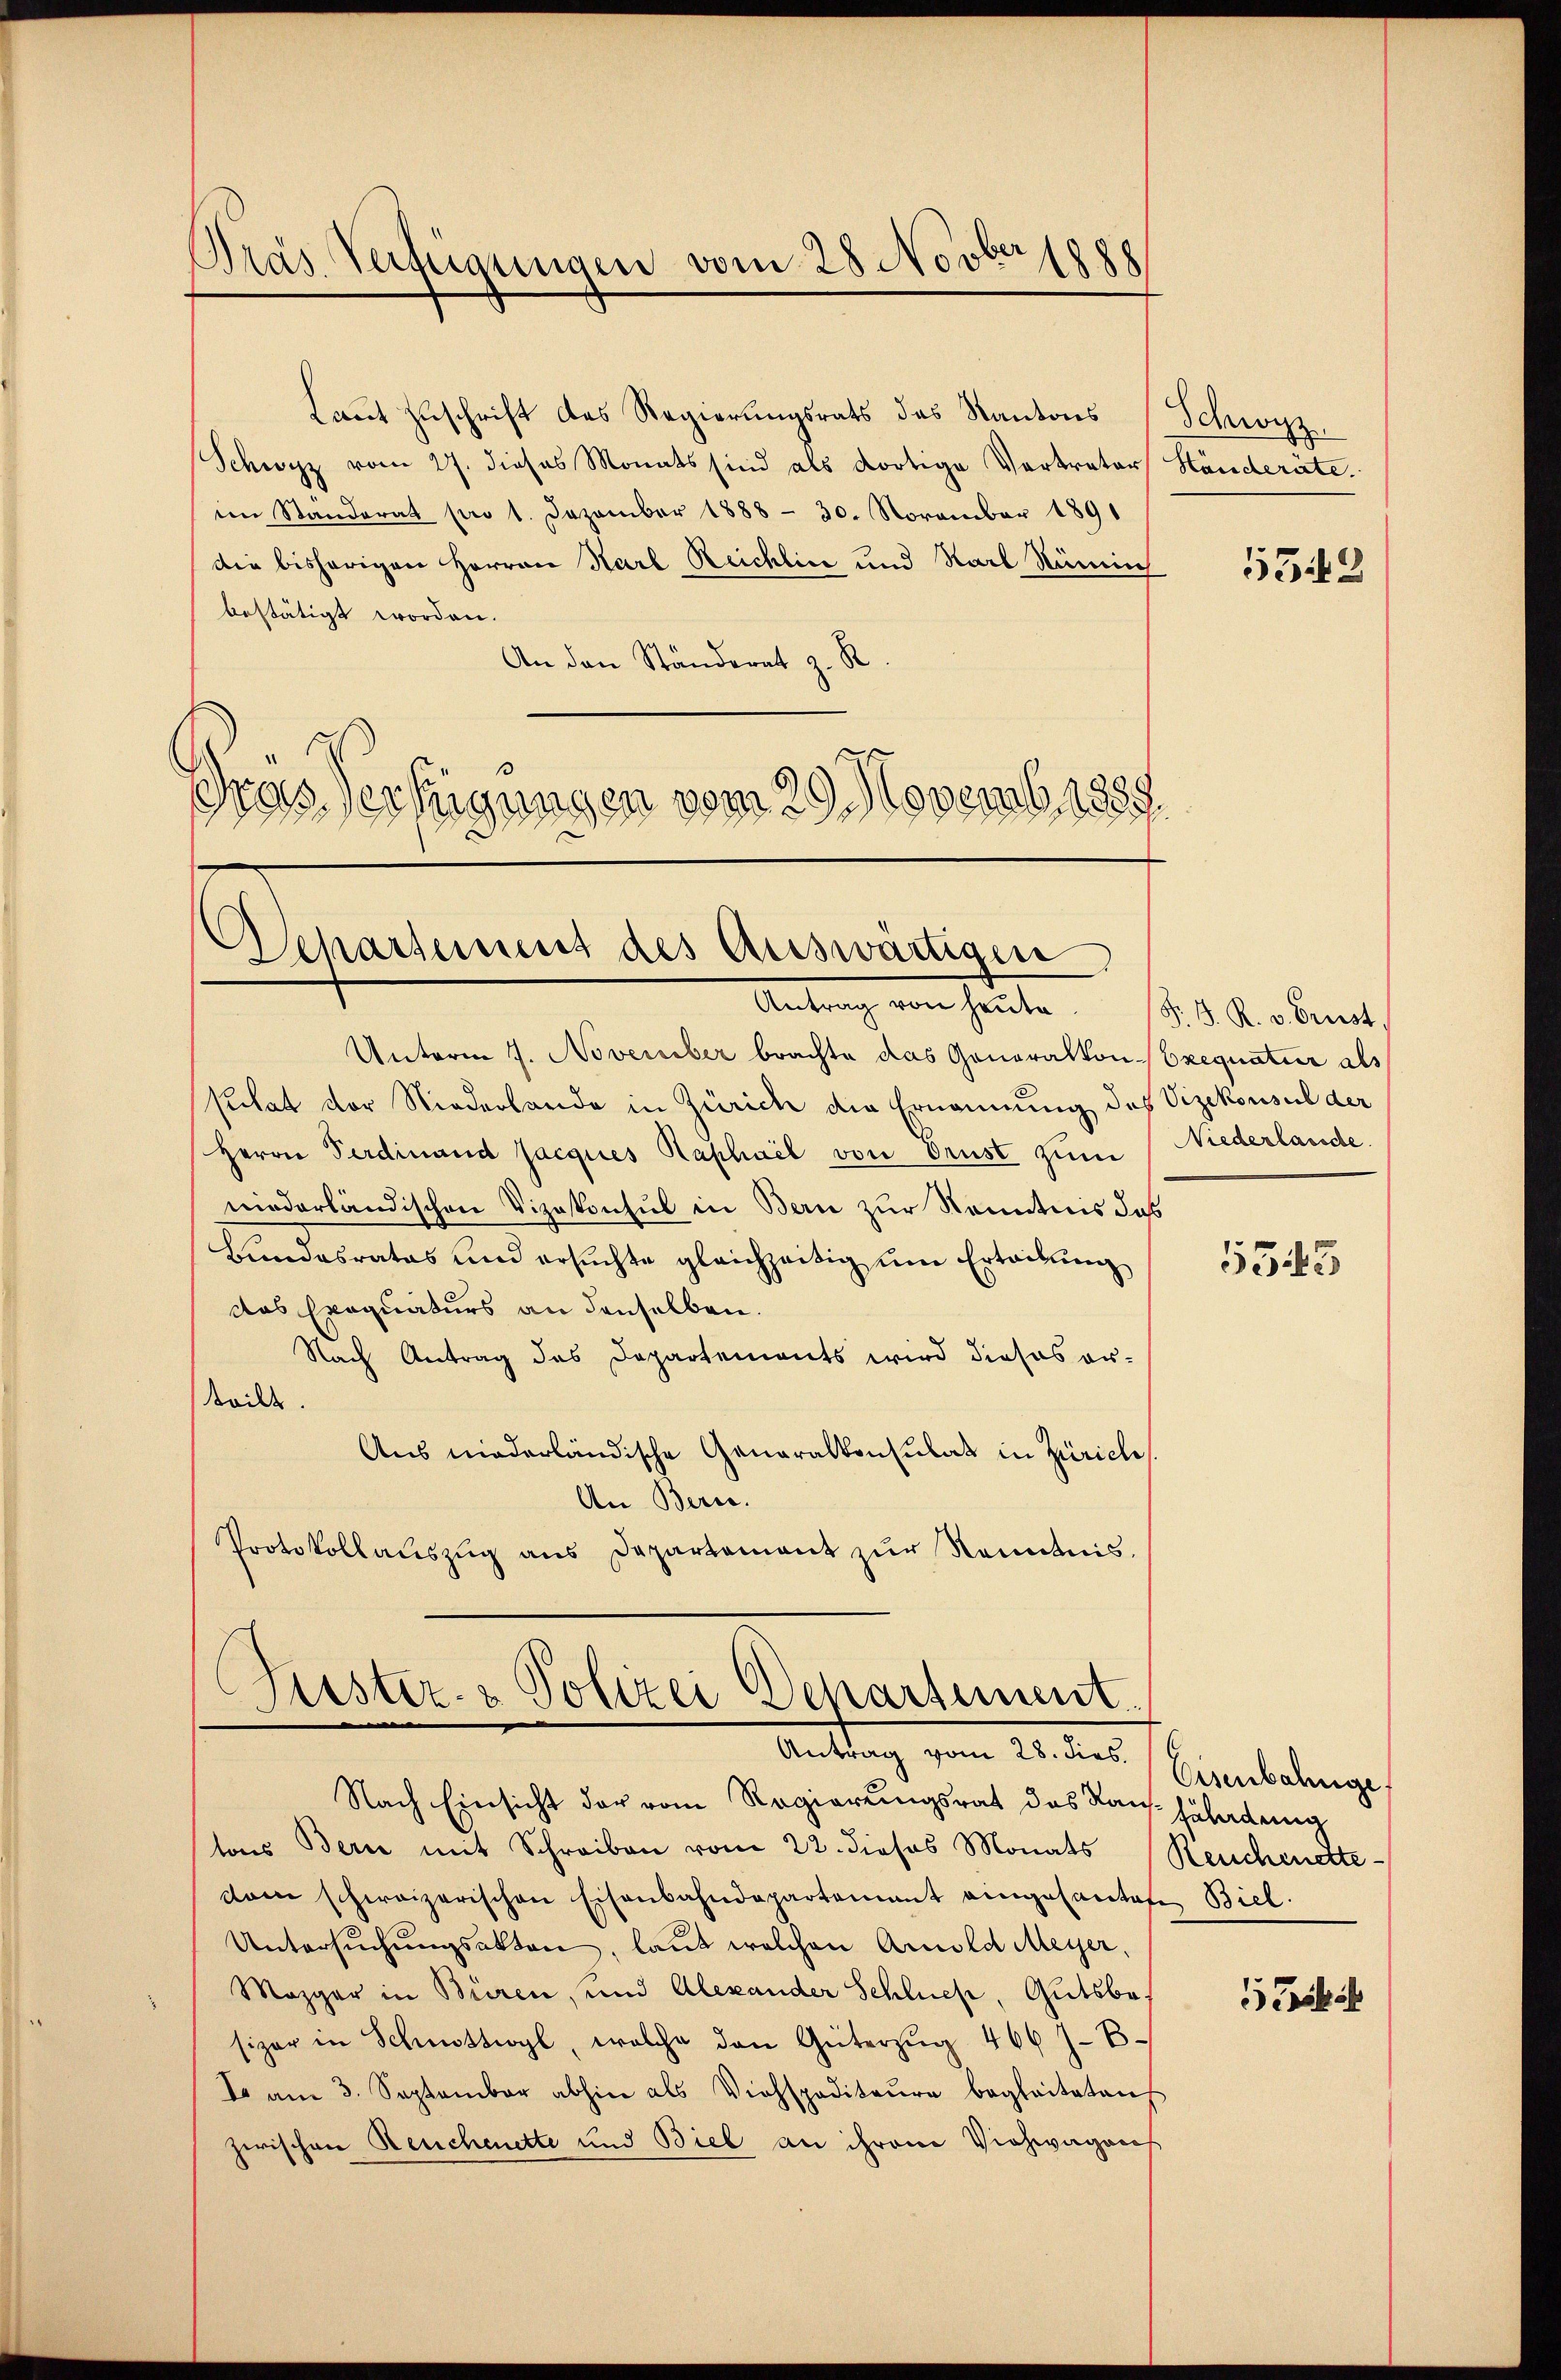
Dräs Verfügungen vom 28 Novbersehe

Laut Zuschrift des Regierungsrats das Kantons (Schwyz,
Schwyz vom 27. dieses Monats sind als dortige Vertrator Ständeräte.
im Standerat pro 1. Dezember 1888 - 30. November 1891
die bisherigen Herren Karl Reichlin und Karl Remich
bestätigt worden.
An den Ständerat z. R.
Gras Verfügungen vom 29. Novemb. 1889.

Separtement des Auswärtigen
Antrag von heute. 18. d. R. obernat

Unterm 7. November brachte das Gonoralkon Exequatur als
sthat der Niederlande in Zürich die Ernennung des Vizekonsul der
Herrn Verdinand Jacques Raphael von Orust zum Niederlande
miederländischen Vizekonsul in Bern zur Kenntnis das
Bundesrates und ersŭchte gleichzeitig ŭm Erteibŭng
das Exequaturs an denselben.
Nach Antrag des Departements wird dieses or-
devill
Aus niederländische Generalkonsulat in Zürich
An Bern.
Protokollaŭszŭg ans Departement zŭr Kenntnis.

Puster- & Polizei Departement.
Anttag vom 23. des Eisenbahnge

Nach Einsicht der vom Regierungsrat des Raufhäladung
tons Bern mit Schreiben vom 22. dieses Monats (Reuchenette
dann schweizerischen Eisenbahndepartement eingesantete Biel
Untersŭchŭngsakten, laut welchen Arnold Meyer,
Mozger in Büren, und Alexander Schluch, Gutsbesizer in Schnittwyl, welche den Güterzŭg 466 J. B
I am 3. September abhin als Viehspoditaŭre begleiteten
zwischen Reuchenette und Biel an ihrem Viehwagens

1342

5543

Schil